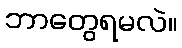
ဘာတွေရမလဲ။